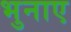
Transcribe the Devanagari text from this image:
भुनाए